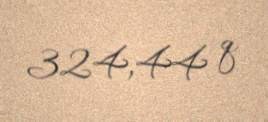
324,44 q